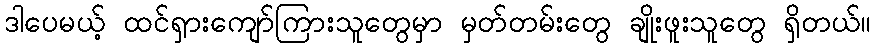
ဒါပေမယ့် ထင်ရှားကျော်ကြားသူတွေမှာ မှတ်တမ်းတွေ ချိုးဖူးသူတွေ ရှိတယ်။